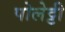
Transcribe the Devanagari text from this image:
पोलेट्टी